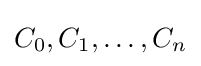
C_{0},C_{1},\dots ,C_{n}